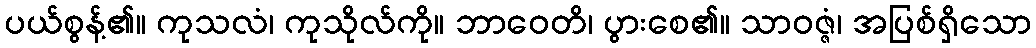
ပယ်စွန့်၏။ ကုသလံ၊ ကုသိုလ်ကို။ ဘာဝေတိ၊ ပွားစေ၏။ သာဝဇ္ဇံ၊ အပြစ်ရှိသော